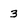
Character: 3